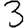
Digit: 3